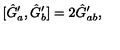
[ \hat { G } _ { a } ^ { \prime } , \hat { G } _ { b } ^ { \prime } ] = 2 \hat { G } _ { a b } ^ { \prime } ,